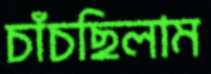
চাঁচছিলাম